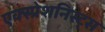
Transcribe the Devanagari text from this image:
एक्स्प्रेशनिस्ट्स